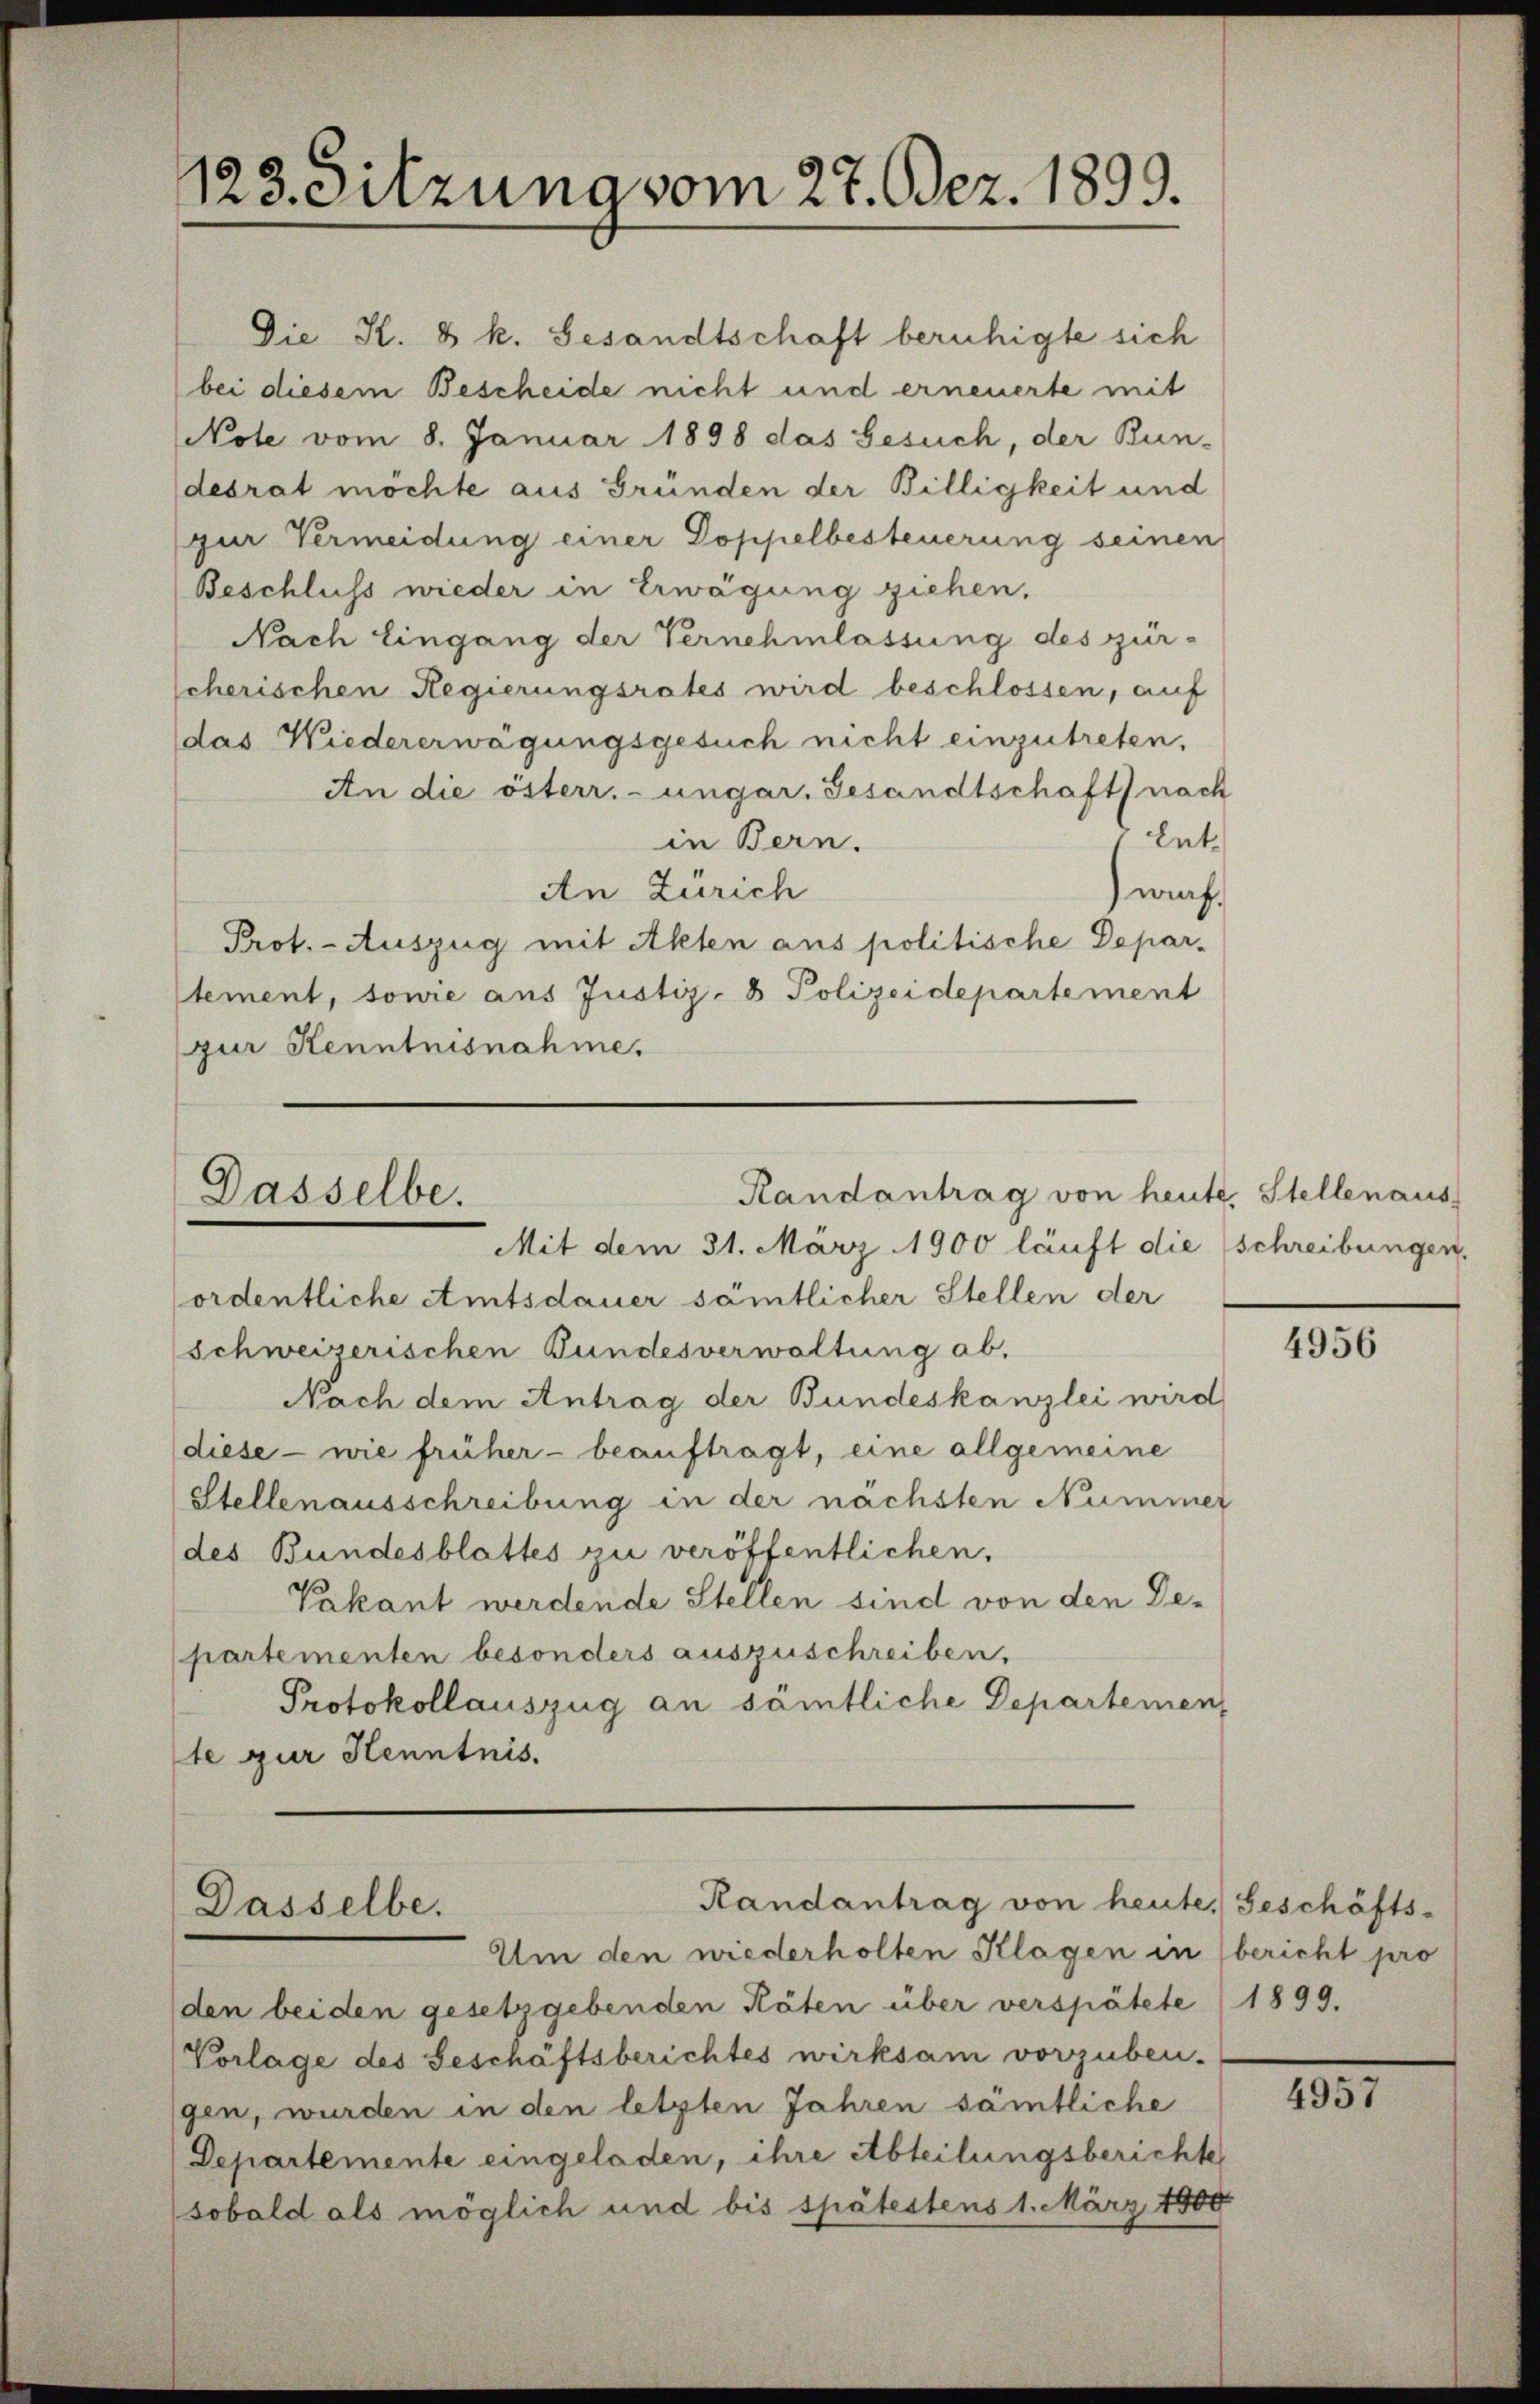
123. Sitzung vom 27. Dez. 1899.

Die K. k k. Gesandtschaft beruhigte sich
bei diesem Bescheide nicht und erneuerte mit
Note vom 8. Januar 1898 das Gesuch, der Bun-
desrat möchte aus Gründen der Billigkeit und
gur Vermeidung einer Doppelbesteuerung seinen
Beschluss wieder in Erwägung ziehen,
Nach Eingang der Vernehmlassung des zür-
scherischen Regierungsrates wird beschlossen, auf
das Niedererwägungsgesuch nicht einzutreten,
An die österr.-ungar. Gesandtschaft nach
Ent
in Bern.
An Zürich
warf.
Prot. - Auszug mit Akten aus politische Deparstement, sowie aus Justiz- & Polizeidepartement
zur Kenntnisnahme.

Mit dem 31. März 1900 läuft die schreibungen,
ordentliche Amtsdauer sämtlicher Stellen der
schweizerischen Bundesverwaltung ab.
Nach dem Antrag der Bundeskanzlei wird
diese - wie früher - beauftragt, eine allgemeine
Stellenausschreibung in der nächsten Nummer
des Bundesblattes zu veröffentlichen.
Vakant werdende Stellen sind von den Departementen besonders auszuschreiben.
Protokollauszug an sämtliche Departemen,
te zur Henntnis.

Randantrag von heute. Stellenaus
Dasselbe.

Randantrag von heute. Geschäfts-
Dasselbe.
Um den wiederholten Klagen in bericht pro

den beiden gesetzgebenden Räten über verspätete (1899.
Vorlage des Geschäftsberichtes wirksam vorzubeu-
gen, wurden in den letzten Jahren sämtliche
Departemente eingeladen, ihre Abteilungsberichte
sobald als möglich und bis spätestens 1. März 1800

4956

4957